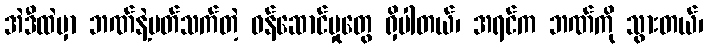
အဲဒီထဲမှာ ဘဏ်နဲ့ပတ်သက်တဲ့ ဝန်ဆောင်မှုတွေ ရှိပါတယ်၊ အရင်က ဘဏ်ကို သွားတယ်၊